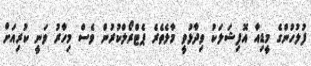
ފުލުހުންގެ މީޑިއާ އޮފިޝަލަކު ވިދާޅުވީ މާލެތެރެ ޕެޓްރޯލްކުރުން ވެސް މިހާރު ވަނީ ކުރިއަށް